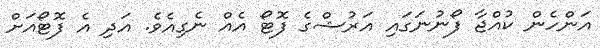
އަންހެން ކުއްޖާ ފޯނުނަގައި އަރުޝްގެ ފޮޓޯ އެއް ނެގިއެވެ. އަދި އެ ފޮޓޯއަށް